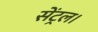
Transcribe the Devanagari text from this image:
सेंट्रल।